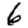
Digit: 6